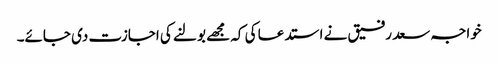
خواجہ سعد رفیق نے استدعا کی کہ مجھے بولنے کی اجازت دی جائے۔